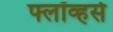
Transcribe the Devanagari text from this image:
फ्लॉव्हर्स